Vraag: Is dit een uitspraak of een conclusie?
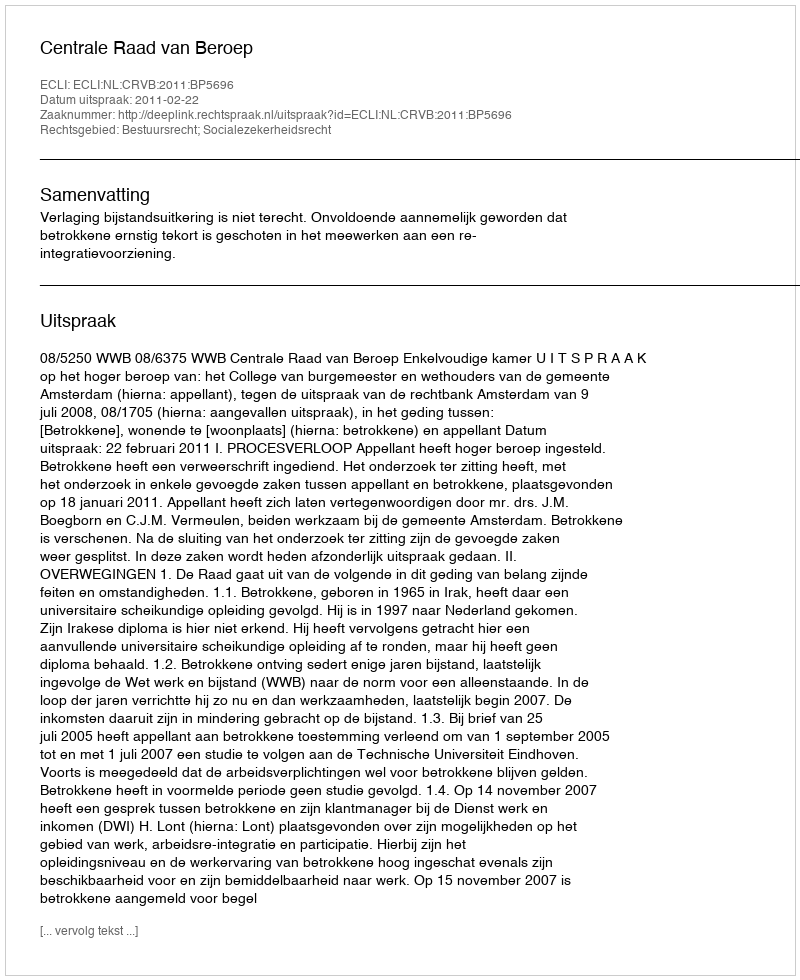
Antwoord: Uitspraak